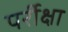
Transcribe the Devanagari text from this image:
पर्रीक्षा